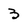
Character: 3